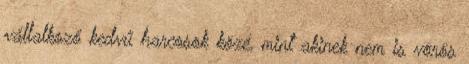
vállalkozó kedvű harcosok közé, mint akinek nem is vörös